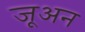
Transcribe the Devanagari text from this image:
जूअन